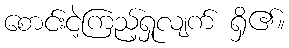
စောင်းငဲ့ကြည့်ရှုလျက် ရှိ၏။